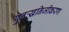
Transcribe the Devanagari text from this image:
पुनःखनिजीकरण